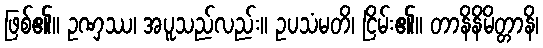
ဖြစ်၏။ ဥဏှဿ၊ အပူသည်လည်း။ ဥပသံမတိ၊ ငြိမ်း၏။ တာနိနိမိတ္တာနိ၊